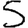
Digit: 5